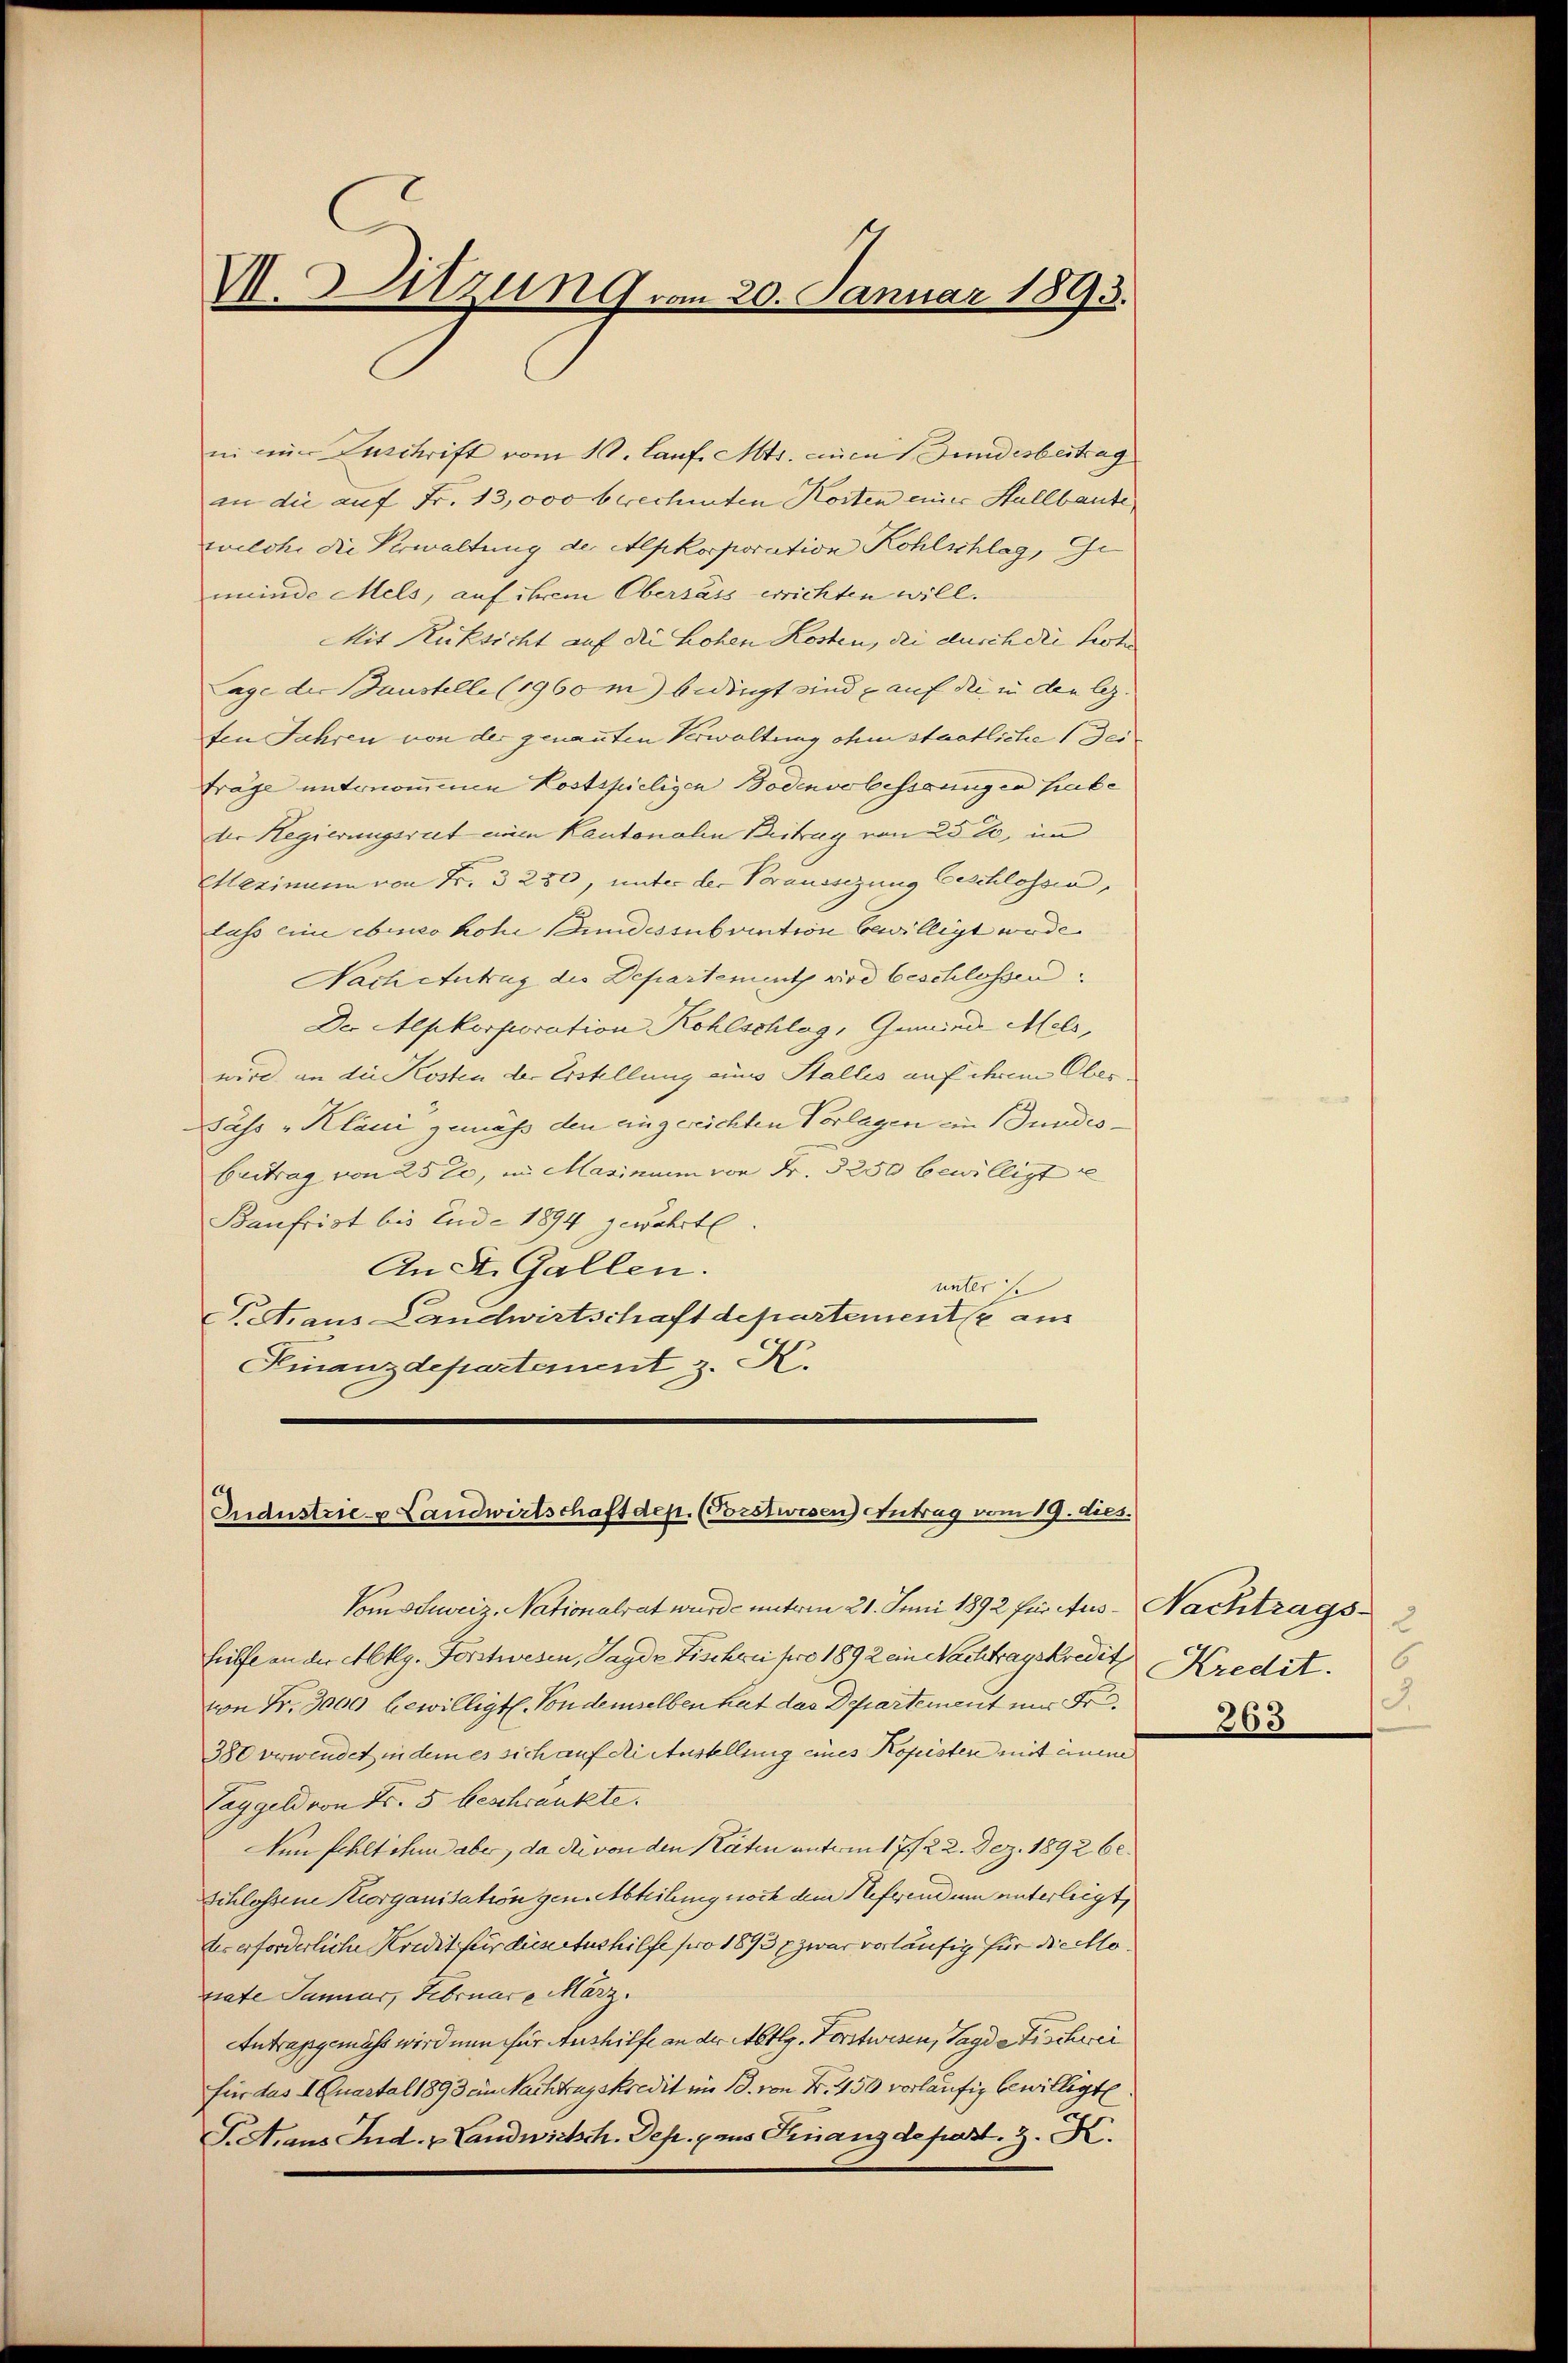
V. Sitzung vom 20. Januar 1893.

ni nur Zuschrift vom 10. Lauf. Mts. einen Gundesbeitrag
in die auf Fr. 13,000 brechten Kosten einer Stallbaute,
wilche die Verwaltung der Alpkorporation Kohlschlag, Geminde Mels, auf ihrem Obersass errichten will.
Mit Rücksicht auf die hohen Kosten, die durch die feste
Lage der austelle (1960m bedingt sind auf die in die l.
ten Jahren von der genannten Verwaltung ohne staatliche 1 Sei¬
Frage unternommenen Lostspieligen Bodenvolessungen habe
der Regierungsrat einen Kantonalen Beitrag von 25 t, im
Slezimum von Fr. 3280, unter der Voraussizung beschlossen,
lass eine ebenso hohe Bundessubvention bewilligt wurde.
Nach Antrag die Departement wird beschlossen
Der Alpkorporation Kohlschlag, Gemeinde Mels,
wird an die Kosten der Erstellung eines Stallis auf ihrem Ober
Sass „Klani gemäß den eingerichten Vorlagen ein Bundes¬
Beitrag von 25 te, in Masinum von Fr. 3250 bewilligt u
Baufrist bis Ende 1894 gewährte
An St. Gallen.
unter se
Pet. aus Landwirtschaft departemente aus
Finanzdepartement z. H

Industrie- & Landwirtschaft dep. (Forstwesen) Antrag vom 19. dies

Vomschweiz, Nationalrat wurde unterm 21. Juni 1892 für Aus - Nachtragshilfe an der Abklg. Forstwesen, Jagde Fischen pro 1892 ein Nachtragskredit
von Fr. 3000 bewilligt. Von demselben hat das Departement mir Fr
380 verwendet in dem es sich auf die Austellung eines Kopeisten mit einem
Taggeld von Fr. 5 beschränkte.
Aen fehlt ihn aber, da die von den Räten unterm 17/22. Dez. 1892 62.
Schlossene Keorganisation gen. Abteilung noch dem Referendum unterleigt,
ter erforderliche Kredit für diesertushilfe pro 1893 zwar vorläufig für diechlo
trate Januar, Februare März.
Antragsgemäss wird nun für Aushilfe an der Abtlg. Forstwesen, Tagde Fischwei
für das I. Quartal 1893 ein Nachtragskredit im 13. von Fr. 450 vorläufig bewilligte
T.A.aus Jud. v. Landwirtsch. Dep. pans Franz de part. 3. K.

2
Kredit.
8.
263